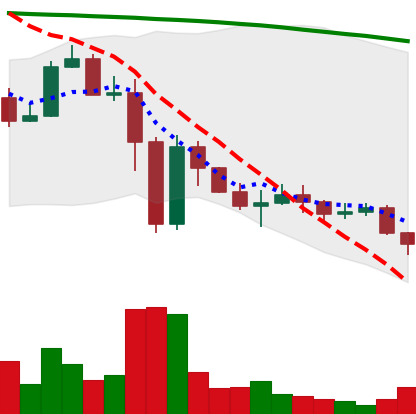
Ticker: ADA-USD
Chart end date: 2022-11-21
Forward return: 3.035%
Label: up_3_5